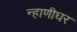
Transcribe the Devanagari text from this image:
न्हाणीघर